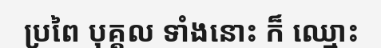
ប្រពៃ បុគ្គល ទាំងនោះ ក៏ ឈ្មោះ